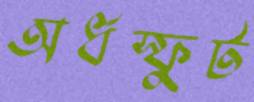
অর্ধস্ফুট